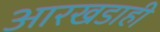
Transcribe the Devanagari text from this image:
आरखडाही